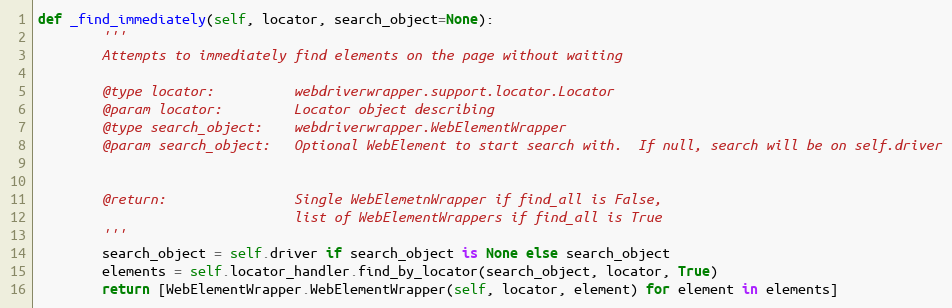
Language: Python
def _find_immediately(self, locator, search_object=None):
        '''
        Attempts to immediately find elements on the page without waiting

        @type locator:          webdriverwrapper.support.locator.Locator
        @param locator:         Locator object describing
        @type search_object:    webdriverwrapper.WebElementWrapper
        @param search_object:   Optional WebElement to start search with.  If null, search will be on self.driver

        @return:                Single WebElemetnWrapper if find_all is False,
                                list of WebElementWrappers if find_all is True
        '''
        search_object = self.driver if search_object is None else search_object
        elements = self.locator_handler.find_by_locator(search_object, locator, True)
        return [WebElementWrapper.WebElementWrapper(self, locator, element) for element in elements]